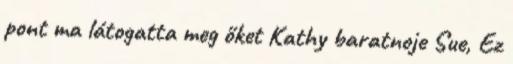
pont ma látogatta meg őket Kathy baratnoje Sue, Ez